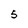
Character: 5